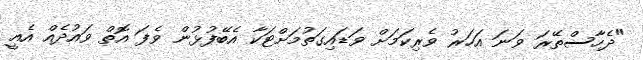
"ދެހާސްތޭރަ ވަނަ އަހަރު ވެރިކަމަށް ވަޑައިގަތުމަށްޓަކާ އެބޭފުޅުން ވެފަ އޮތް ވައުދެއް އެއީ